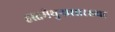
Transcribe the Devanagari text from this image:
हस्तमैथुनासारख्या